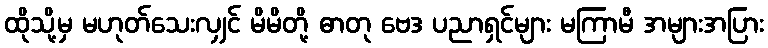
ထိုသို့မှ မဟုတ်သေးလျှင် မိမိတို့ ဓာတု ဗေဒ ပညာရှင်များ မကြာမီ အများအပြား